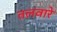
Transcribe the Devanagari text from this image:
तलवारे